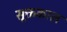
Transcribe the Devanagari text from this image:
सूक्तकाल